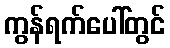
ကွန်ရက်ပေါ်တွင်